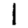
Digit: 1